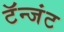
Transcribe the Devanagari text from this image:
टॅन्जंट